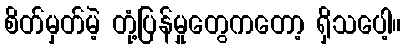
စိတ်မှတ်မဲ့ တုံ့ပြန်မှုတွေကတော့ ရှိသပေါ့။